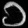
Digit: ၁